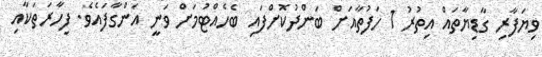
ވިޔަފާރި ގާޑިޔާތައް އިތުރު 1 ހަފުތާއަށް ބަންދުކޮށްފައި ބެހެއްޓުމަށް ވަނީ އަންގާފައެވެ. ފިހާރަތަކާއި